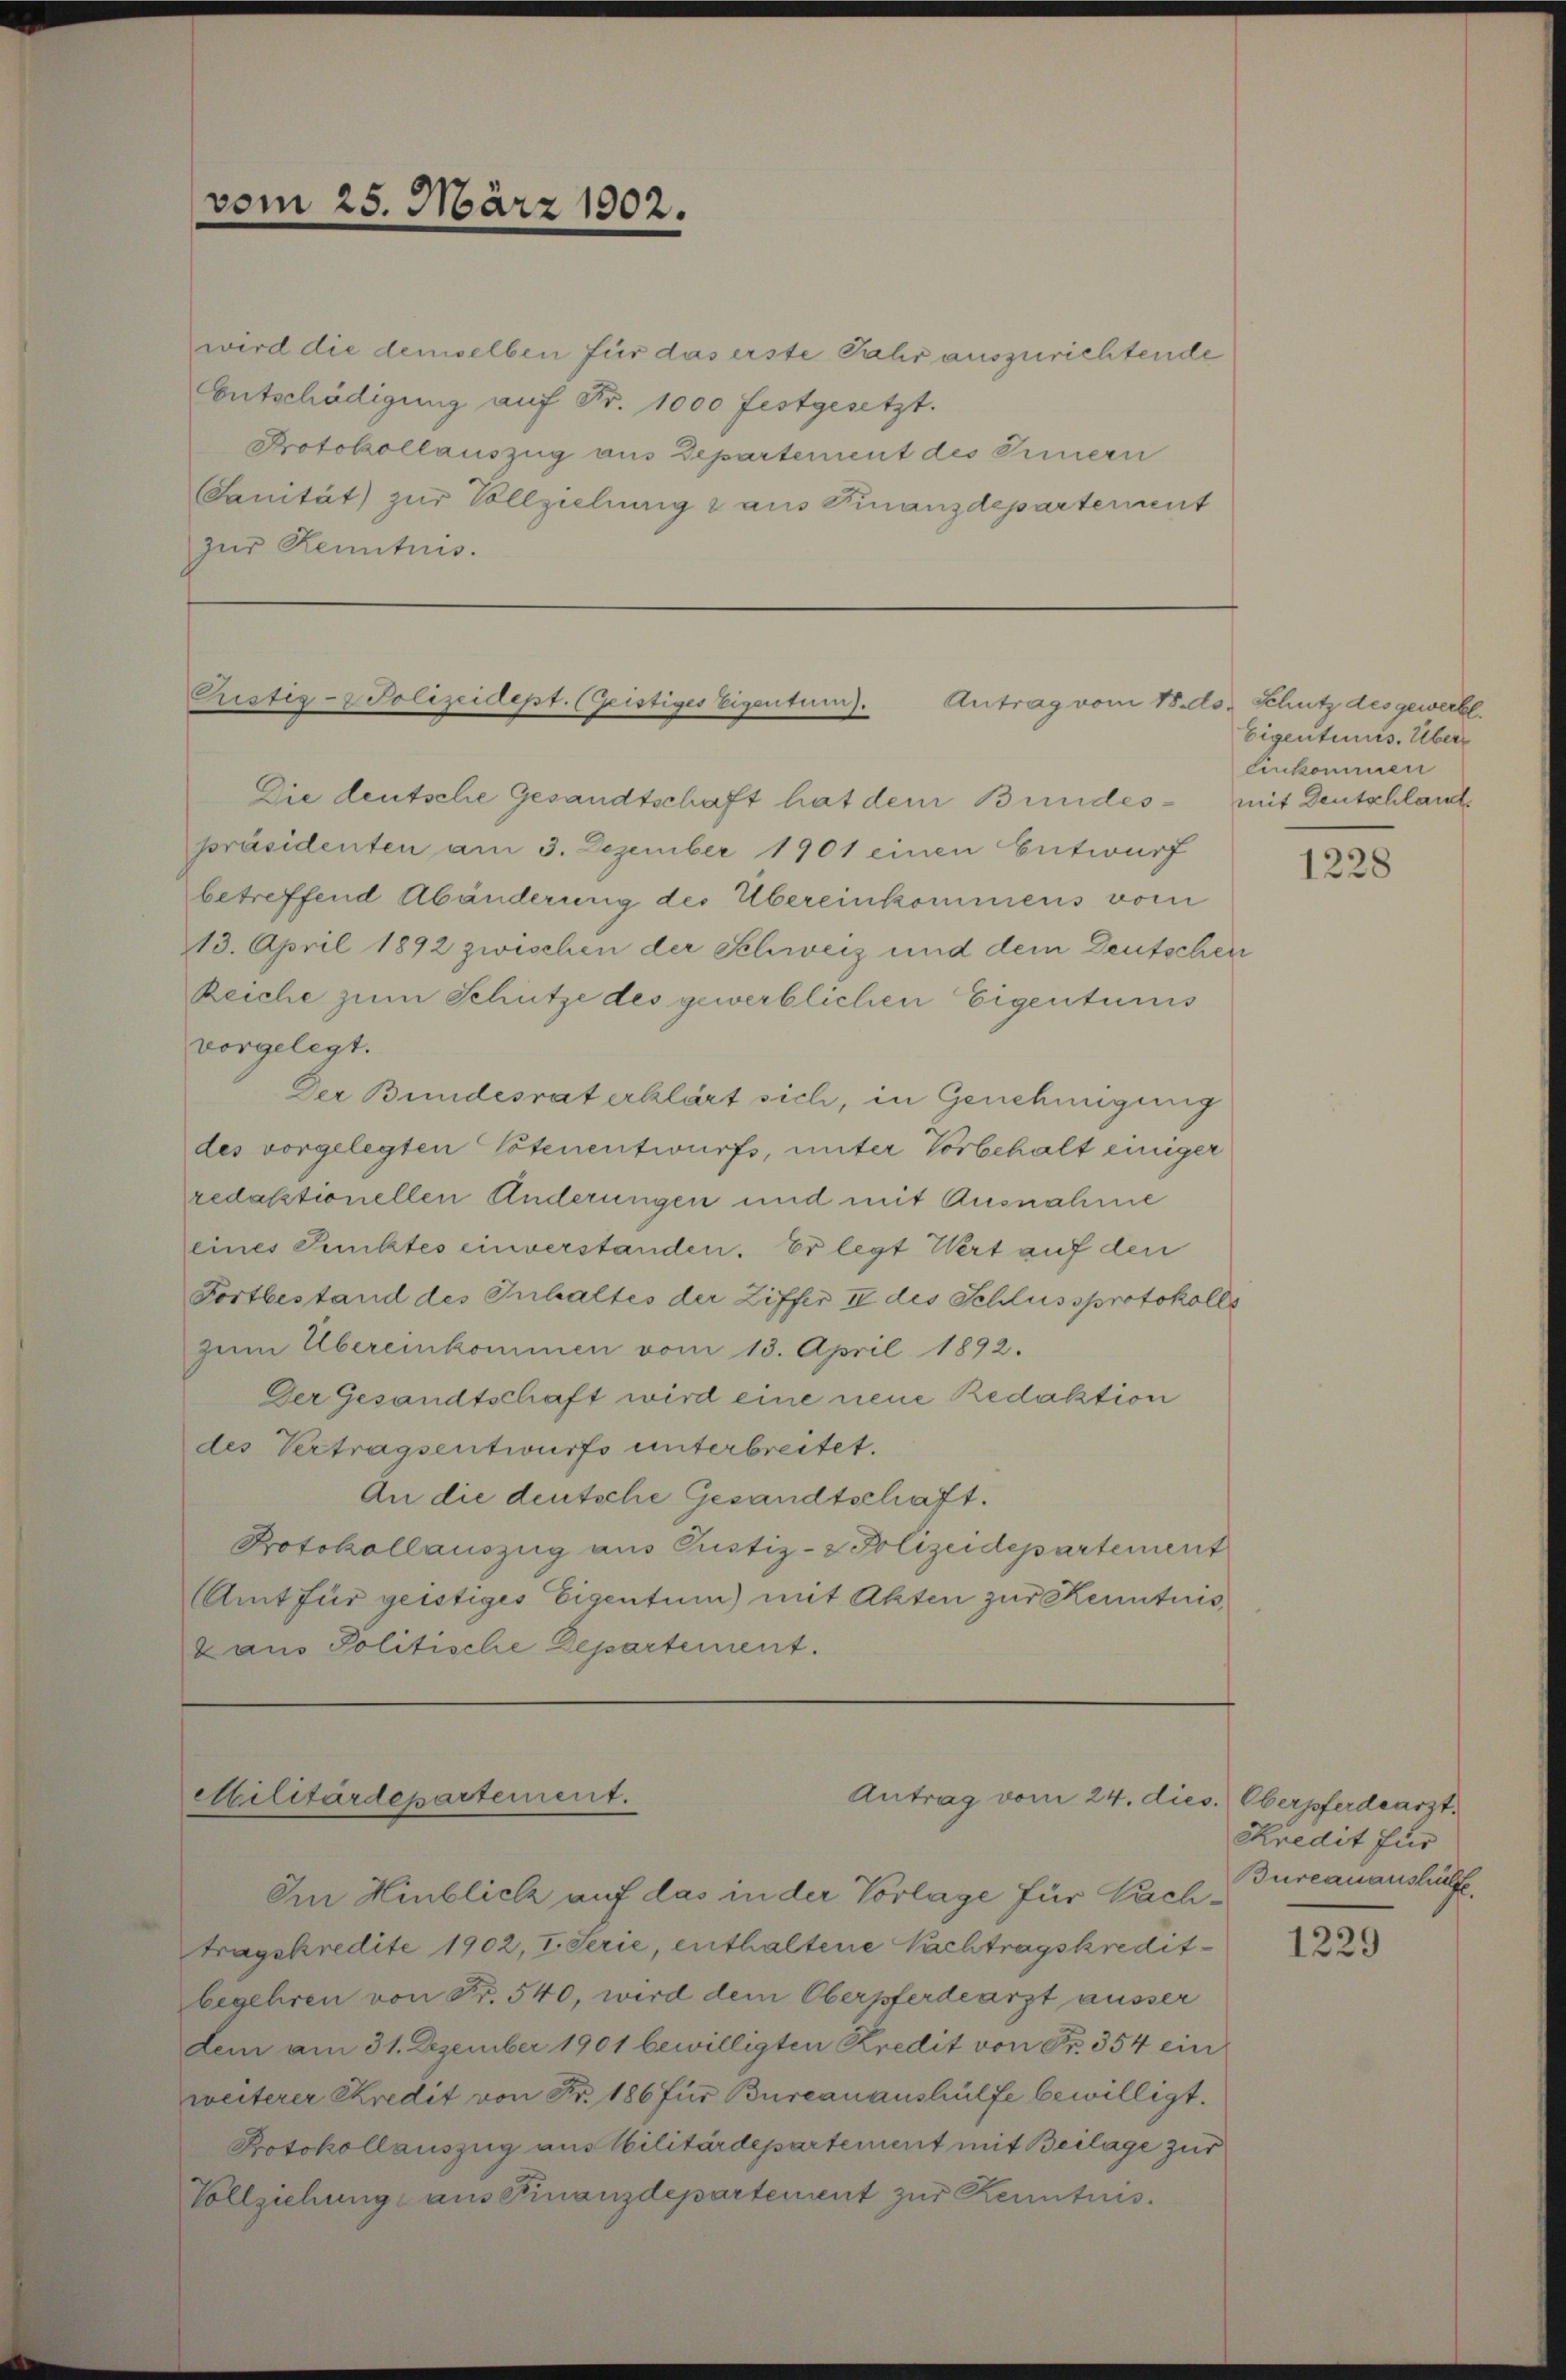
vom 25. März 1902.

wird die demselben für das erste Jahr auszurichtende
Entschädigung auf Fr. 1000 festgesetzt.
Protokollauszug aus Departement des Erinnern
Sanität zur Vollziehung 2 aus Finanzdepartement
zŭr Kenntnis.

präsidenten am 3. Dezember 1901 einen Entwurf
betreffend Abänderung des Übereinkommens vom
13. April 1892 zwischen der Schweiz und dem Deutschen
Reiche zum Schütze des gewerblichen Eigentums
vorgelegt.
Der Bundesrat erklärt sich, in Genehmigung
des vorgelegten Totenentwurfs, unter Vorbehalt einiger
redaktionellen Änderungen und mit Ausnahme
eines Punktes einverstanden. Er legt Wert auf den
Fortbestand des Inhaltes der Ziffer II des Schlussprotokolls
zŭm Übereinkommen vom 13. April 1892.
Der Gesandtschaft wird eine neue Redaktion
des Vertragsentwurfs unterbreitet.
An die deutsche Gesandtschaft.
Protokollauszug aus Justiz- & Polizeidepartement
Amt für geistiges Eigentum) mit Akten zur Kenntnis,
Lans Politische Departement.

Im Hinblich auf das in der Vorlage für Nachtragskredite 1902, I. Serie, enthaltene Nachtragskreditbegehren von Fr. 540, wird dem Oberpferdearzt ausser
dem am 31. Dezember 1901 bewilligten Kredit von Fr. 354 ein
weiterer Kredit von Fr. 186 für Burcanaushülfe bewilligt.
Protokollauszug aus Militärdepartement mit Beilage zur
Vollziehung aus Finanzdepartement zŭr Kenntnis.

Prustiz- & Polizeidept. (Geistiges Eigentum). Antrag vom 18. d. Schutz des gewerbl
Die deutsche Gesandtschaft hat dem Bundes- mit Deutschlaut

Militärdepartement.
Antrag vom 24. dies. Oberpferdearzt

Eigentums. Über¬
Einkommen

1228

Skredit für
Bureauaushülfe

1229